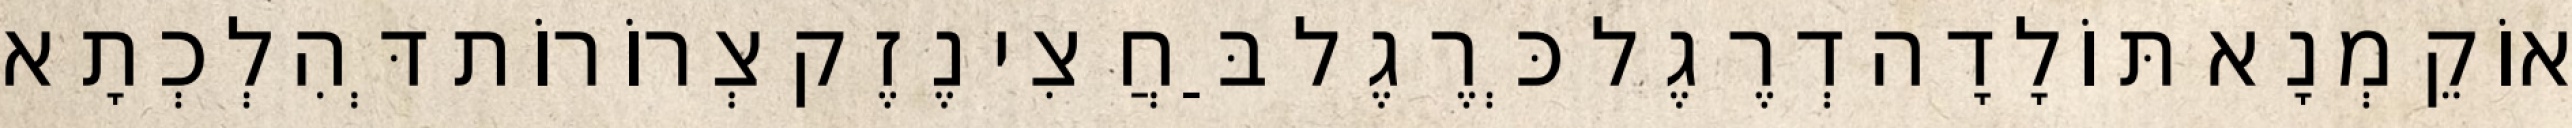
אוֹקֵמְנָא תּוֹלָדָה דְרֶגֶל כְּרֶגֶל בַּחֲצִי נֶזֶק צְרוֹרוֹת דְּהִלְכְתָא